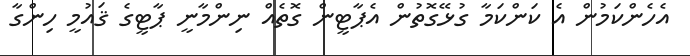
އެހެންކަމުން އެ ކަންކަމާ ގުޅޭގޮތުން އެޕާޓީން ގޮތެއް ނިންމާނީ ޕާޓީގެ ޤައުމީ ހިންގާ